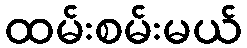
ထမ်းစမ်းမယ်